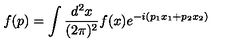
f ( p ) = \int \frac { d ^ { 2 } x } { ( 2 \pi ) ^ { 2 } } f ( x ) e ^ { - i ( p _ { 1 } x _ { 1 } + p _ { 2 } x _ { 2 } ) }